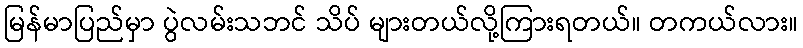
မြန်မာပြည်မှာ ပွဲလမ်းသဘင် သိပ် များတယ်လို့ကြားရတယ်။ တကယ်လား။